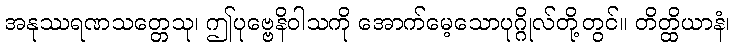
အနုဿရဏသတ္တေသု၊ ဤပုဗ္ဗေနိဝါသကို အောက်မေ့သောပုဂ္ဂိုလ်တို့တွင်။ တိတ္ထိယာနံ၊